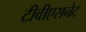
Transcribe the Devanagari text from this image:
टीवीएसनेट